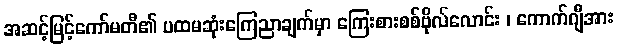
အဆင့်မြင့်ကော်မတီ၏ ပထမဆုံးကြေညာချက်မှာ ကြေးစားစစ်ဗိုလ်လောင်း ၊ ကောက်ဂျီအား